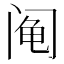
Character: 阄